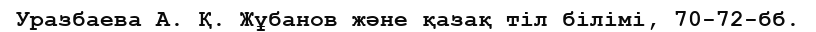
Уразбаева А. Қ. Жұбанов және қазақ тіл білімі, 70-72-бб.